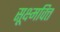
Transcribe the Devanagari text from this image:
सूक्ष्मवित्त